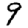
Digit: 9